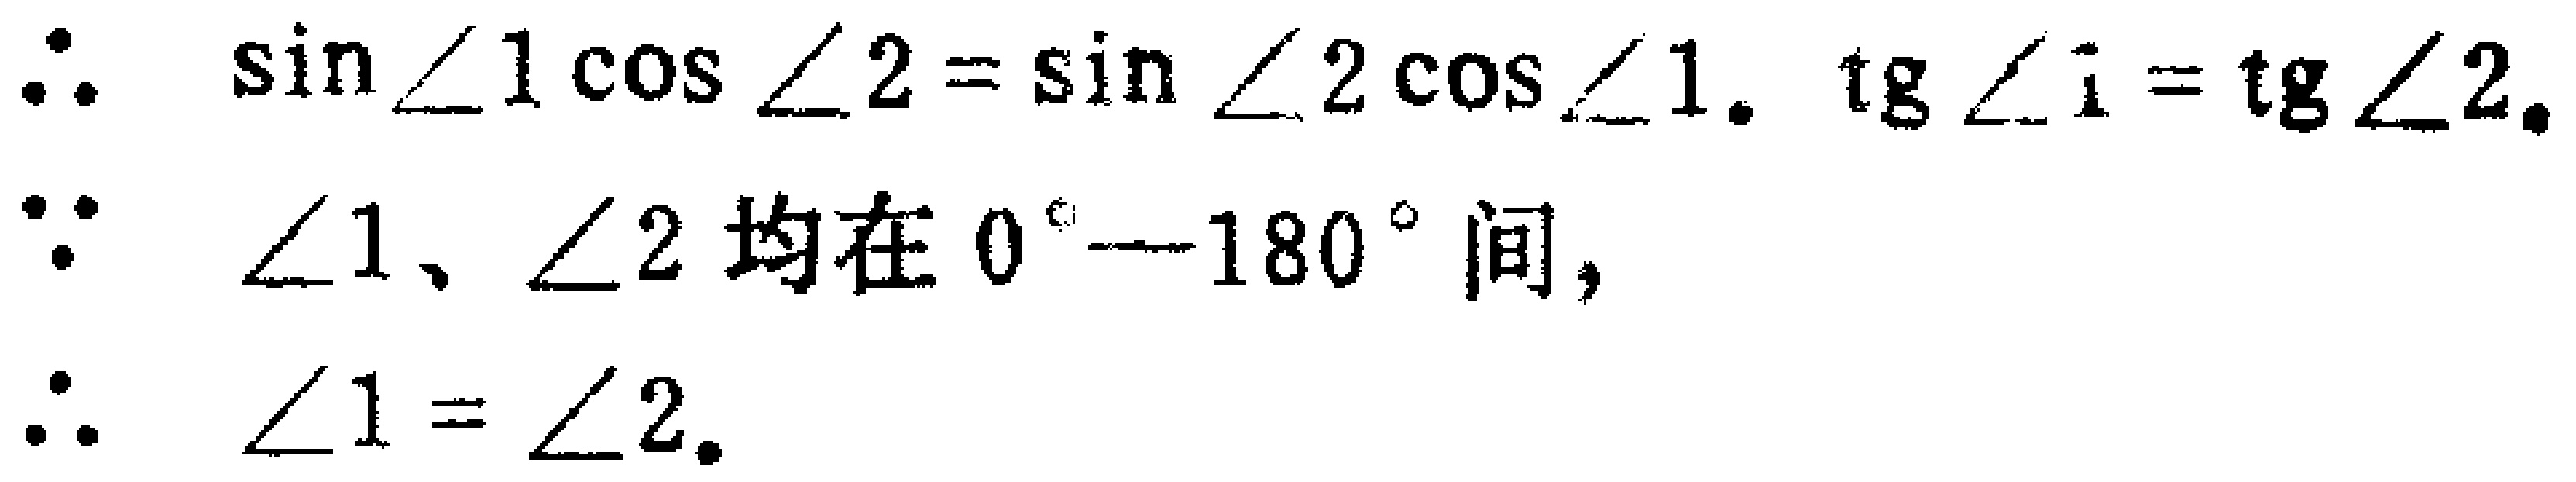
\(\because \sin\angle 1\cos\angle 2 = \sin\angle 2\cos\angle 1.\ \ \mathrm{tg}\angle 1=\mathrm{tg}\angle 2.\)

\(\because \angle 1、\angle 2\)均在\(0^{\circ} — 180^{\circ}\)间,

\(\therefore \angle 1 = \angle 2.\)